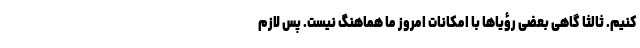
کنیم. ثالثا گاهی بعضی رؤیاها با امکانات امروز ما هماهنگ نیست. پس لازم